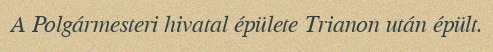
A Polgármesteri hivatal épülete Trianon után épült.